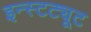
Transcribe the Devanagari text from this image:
इन्स्टट्यूट